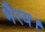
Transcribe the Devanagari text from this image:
भैरव।